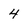
Character: 4